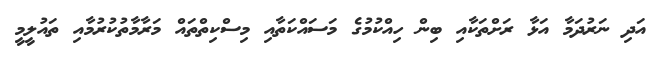
އަދި ނަރުދަމާ އަޅާ ރަށްތަކާއި ބިން ހިއްކުމުގެ މަސައްކަތާއި މިސްކިތްތައް މަރާމާތުކުރުމާއި ތައުލީމީ